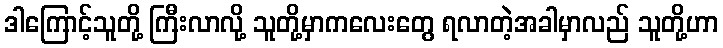
ဒါကြောင့်သူတို့ ကြီးလာလို့ သူတို့မှာကလေးတွေ ရလာတဲ့အခါမှာလည် သူတို့ဟာ